Cholera in southern India
Disease focus: Cholera
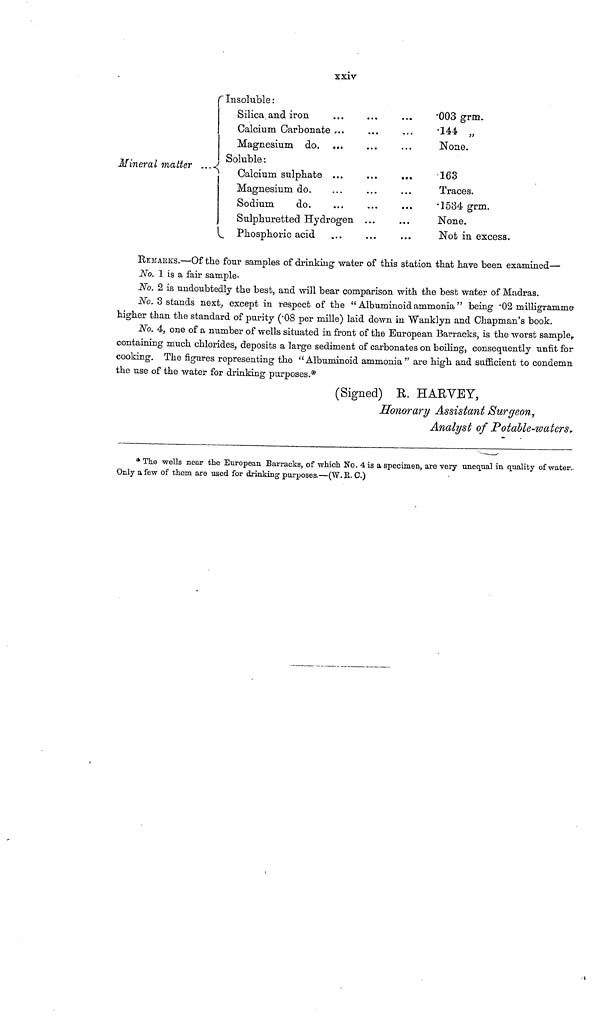
xxiv
Mineral matter
Insoluble :
Silica and iron
Calcium Carbonate ..
Magnesium do.
Soluble :
Calcium sulphate ...
Magnesium do.
Sodium
do.
Sulphuretted Hydrogen ...
Phosphoric acid
.003 grm.
.144 ,,
None.
163
Traces.
.1534 grm.
None.
Not in excess.
REMARKS.—Of the four samples of drinking water of this station that have been examined—
No. 1 is a fair sample.
No. 2 is undoubtedly the best, and will bear comparison with the best water of Madras.
No. 3 stands next, except in respect of the " Albuminoid ammonia " being .02 milligramme
higher than the standard of purity (.08 per mille) laid down in Wanklyn and Chapman's book.
No. 4, one of a number of wells situated in front of the European Barracks, is the worst sample,
containing much chlorides, deposits a large sediment of carbonates on boiling, consequently unfit for
cooking. The figures representing the " Albuminoid ammonia " are high and sufficient to condemn
the use of the water for drinking purposes.*
(Signed) R. HARVEY,
Honorary Assistant Surgeon,
Analyst of Potable-waters.
* The wells near the European Barracks, of which No. 4 is a specimen, are very unequal in quality of water-
Only a few of them are used for drinking purposes.—(W.R. C.)